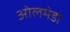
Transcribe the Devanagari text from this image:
ओलमेडो